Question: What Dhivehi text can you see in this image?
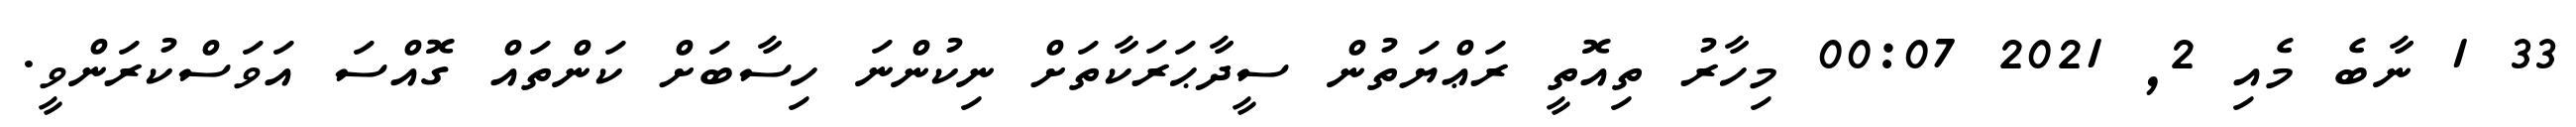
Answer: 33 1 ނާބެ މެއި 2, 2021 00:07 މިހާރު ތިއޮތީ ރަޢްޔަތުން ސީދާޙަރަކާތަށް ނިކުންނަ ހިސާބަށް ކަންތައް ގޮއްސަ އަވަސްކުރަންވީ.